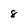
Character: 8